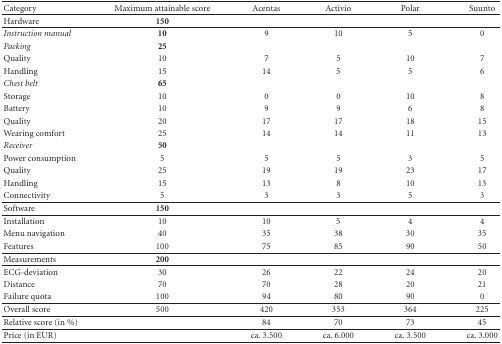
| Category | Maximum attainable score | Acentas | Activio | Polar | Suunto |
 | --- | --- | --- | --- | --- | --- |
 | Hardware | 150 |  |  |  |  |
 | Instruction manual | 10 | 9 | 10 | 5 | 0 |
 | Packing | 25 |  |  |  |  |
 | Quality | 10 | 7 | 5 | 10 | 7 |
 | Handling | 15 | 14 | 5 | 5 | 6 |
 | Chest belt | 65 |  |  |  |  |
 | Storage | 10 | 0 | 0 | 10 | 8 |
 | Battery | 10 | 9 | 9 | 6 | 8 |
 | Quality | 20 | 17 | 17 | 18 | 15 |
 | Wearing comfort | 25 | 14 | 14 | 11 | 13 |
 | Receiver | 50 |  |  |  |  |
 | Power consumption | 5 | 5 | 5 | 3 | 5 |
 | Quality | 25 | 19 | 19 | 23 | 17 |
 | Handling | 15 | 13 | 8 | 10 | 13 |
 | Connectivity | 5 | 3 | 3 | 5 | 3 |
 | Software | 150 |  |  |  |  |
 | Installation | 10 | 10 | 5 | 4 | 4 |
 | Menu navigation | 40 | 35 | 38 | 30 | 35 |
 | Features | 100 | 75 | 85 | 90 | 50 |
 | Measurements | 200 |  |  |  |  |
 | ECG-deviation | 30 | 26 | 22 | 24 | 20 |
 | Distance | 70 | 70 | 28 | 20 | 21 |
 | Failure quota | 100 | 94 | 80 | 90 | 0 |
 | Overall score | 500 | 420 | 353 | 364 | 225 |
 | Relative score (in %) |  | 84 | 70 | 73 | 45 |
 | Price (in EUR) |  | ca. 3.500 | ca. 6.000 | ca. 3.500 | ca. 3.000 |